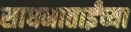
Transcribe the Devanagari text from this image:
साधनाताईंच्या